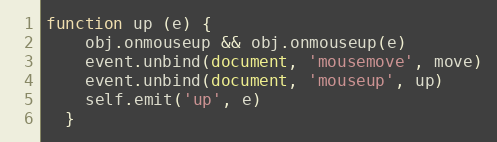
Language: JavaScript
function up (e) {
    obj.onmouseup && obj.onmouseup(e)
    event.unbind(document, 'mousemove', move)
    event.unbind(document, 'mouseup', up)
    self.emit('up', e)
  }